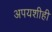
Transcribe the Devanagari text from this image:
अपयशीही